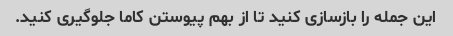
این جمله را بازسازی کنید تا از بهم پیوستن کاما جلوگیری کنید.